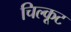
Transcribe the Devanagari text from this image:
चिल्कूट